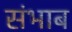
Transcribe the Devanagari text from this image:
संभाब